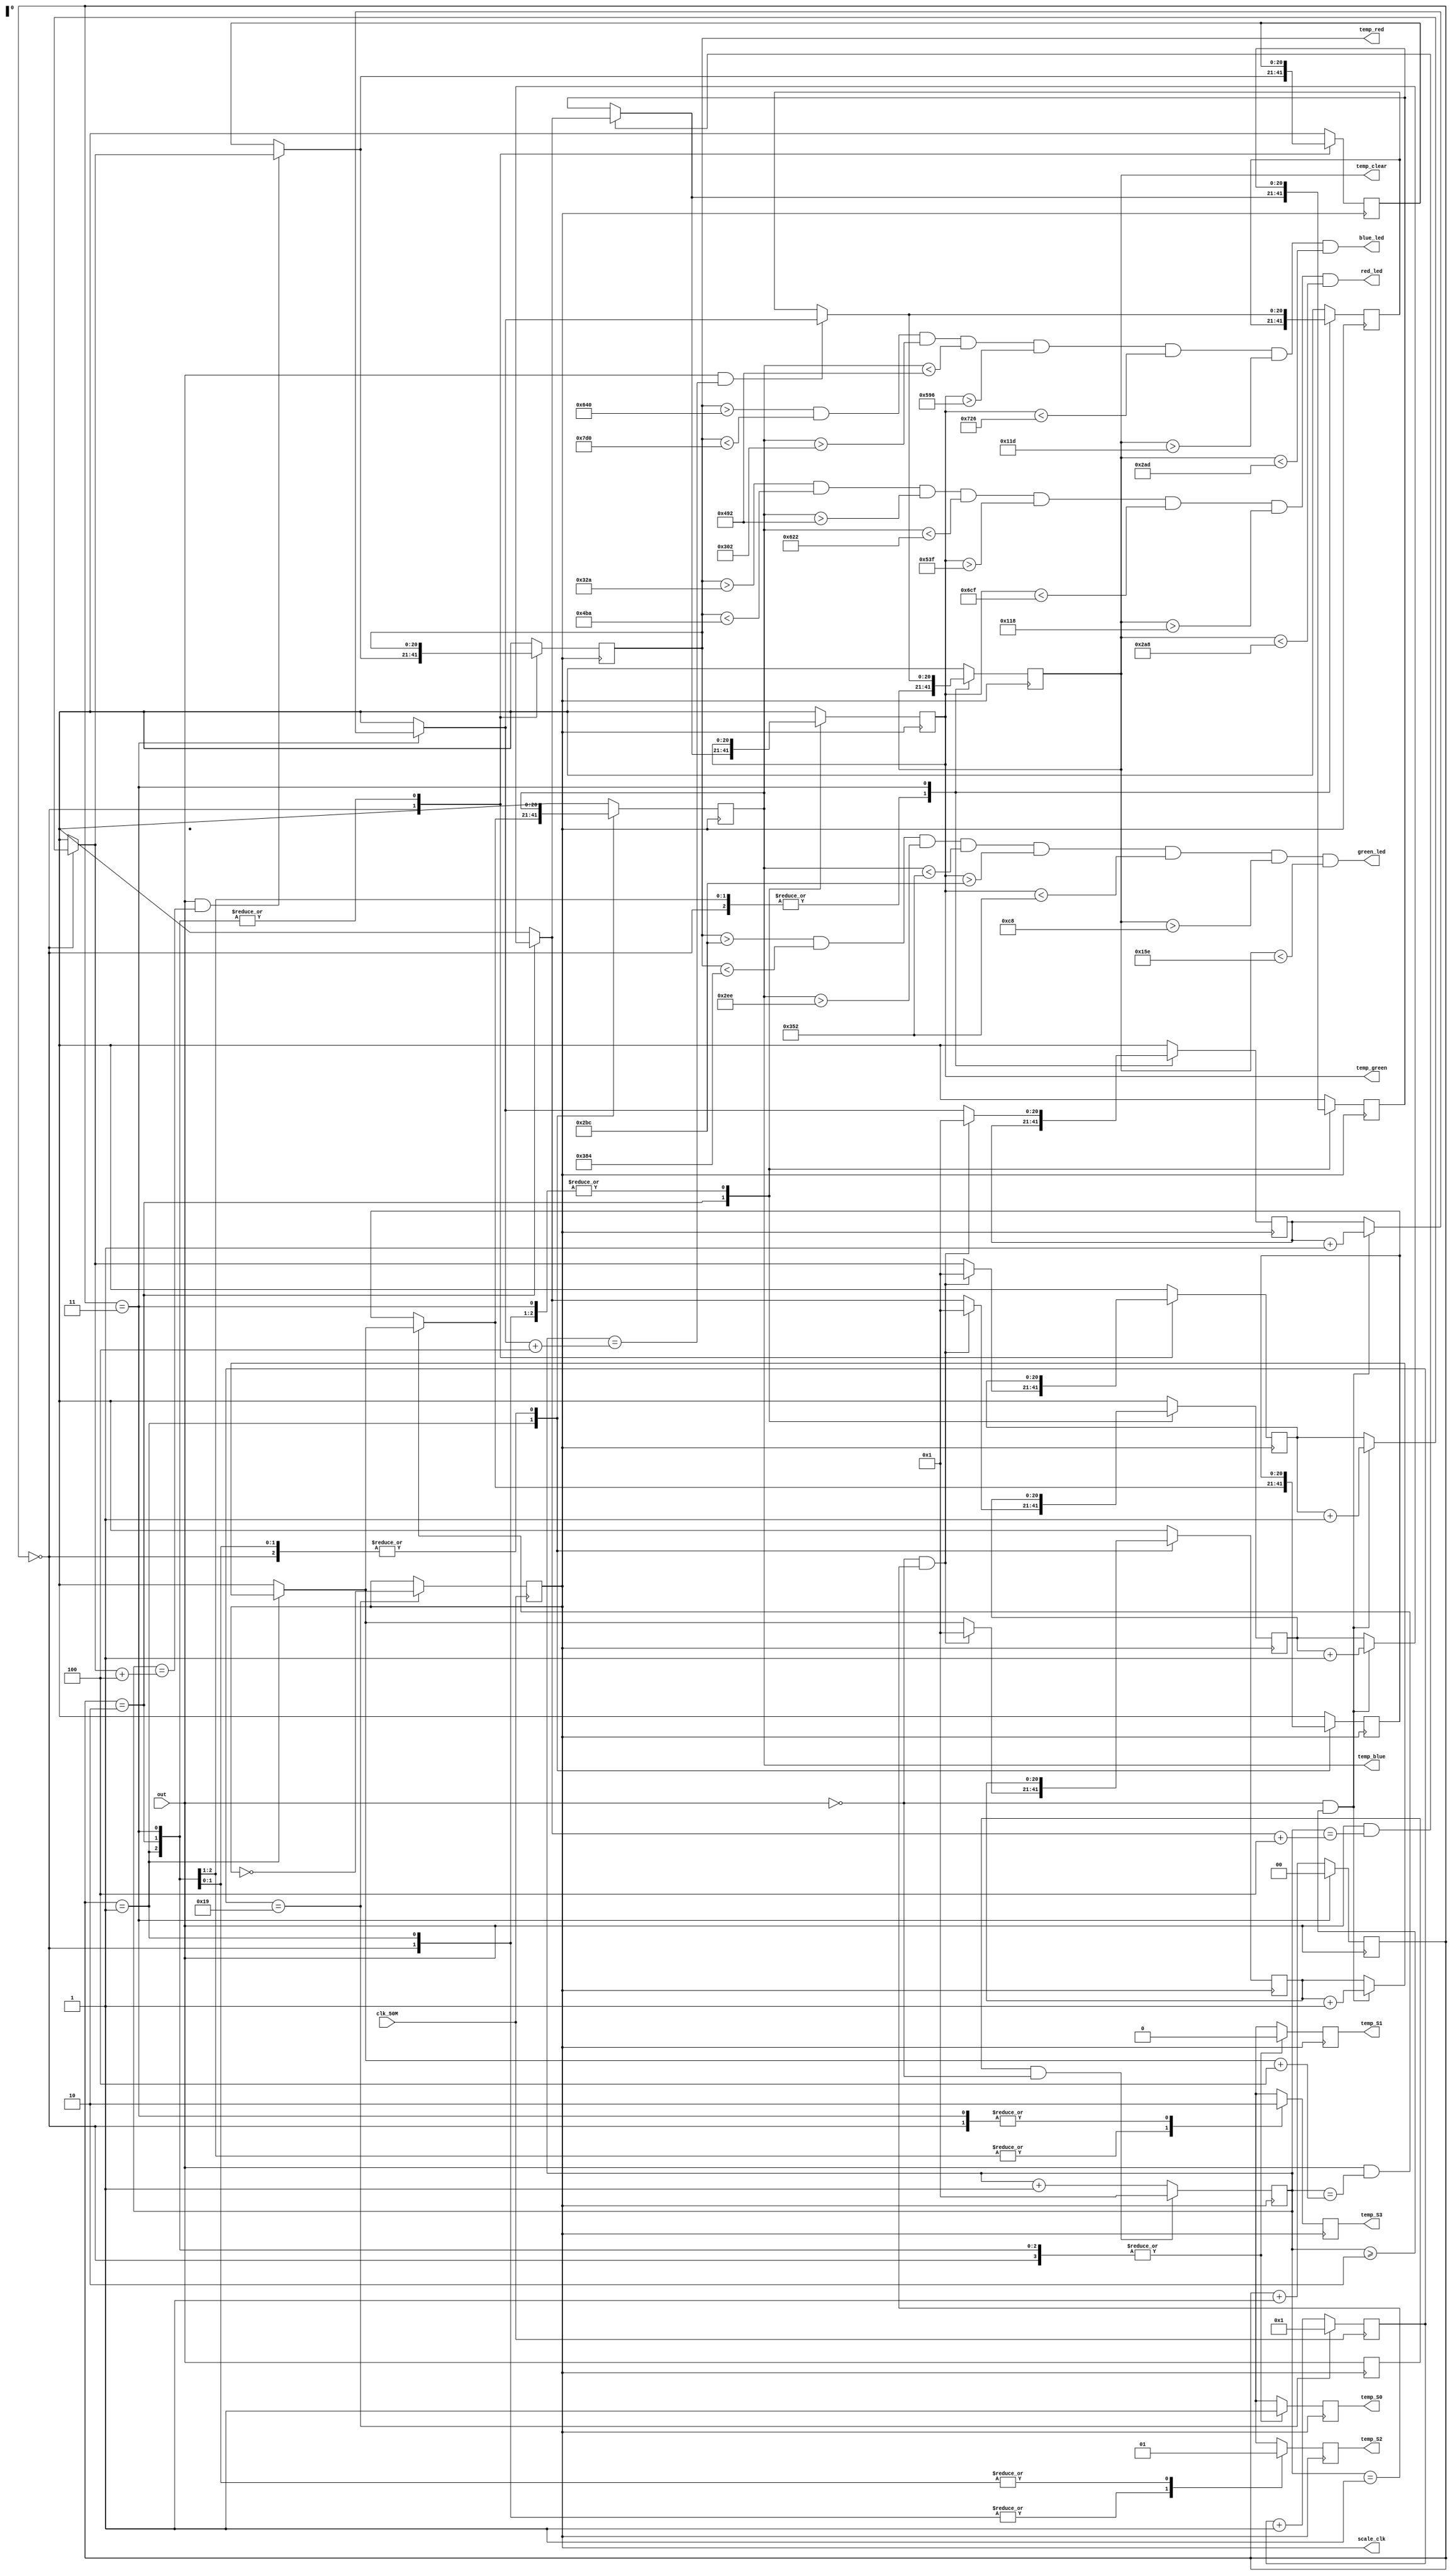
module SM_2300_Task5_color_detection(
    input clk_50M, 
	 output scale_clk,
    input out,
	 output  temp_S0,temp_S1,temp_S2,temp_S3,
    output [20:0] temp_red, temp_blue , temp_green, temp_clear,
	 output red_led, blue_led, green_led
);


wire neg_edge;
reg [20:0]counter = 0;

reg [20:0] counter_new_red =0;
reg [20:0] counter_new_blue =0;
reg [20:0] counter_new_green=0;
reg [20:0] counter_new_clear =0;


reg [20:0] final_red=0;
reg [20:0] final_blue=0;
reg [20:0] final_green=0;
reg [20:0] final_clear=0;


reg [1:0] frame =0;
reg [20:0] blue=0;
reg [20:0] red=0;
reg [20:0] green =0;
reg [20:0] clear =0;
reg S0 =0; 
reg S1=0; 
reg S2=0;
reg S3=0;

reg temp_scale_clock = 0;
assign temp_S0 = S0;
assign temp_S1 = S1;
assign temp_S2 = S2;
assign temp_S3 = S3;

reg [4:0] count =0;
always@(posedge clk_50M)
begin

if(count==25)   // (50 / 2.5) = 20 // frequency divider
  begin
    temp_scale_clock = ~temp_scale_clock;
    count=1;
  
  end
else
  begin
    count=count+1;
  
  end
  
end

assign scale_clk = temp_scale_clock;


// simple flip/flip to store last value of signal
reg last = 0;
always @(posedge scale_clk) 
begin
    last <= out;
end

assign neg_edge  = last & (~out);

always @(posedge scale_clk) 
begin
counter = counter +1; // counter to keep track of clock until negedge of input signal(out) is detected
if (neg_edge ==1)
  counter =1;
end 



always @(negedge out) begin
if(frame ==3) frame =0;
			else frame = frame +1;
	     end
always @(posedge scale_clk) begin
case (frame)
0: begin S0 =1; S1 = 0 ; S2 = 0; S3 =0;
	if((out==0 )&& (counter>=2))
	 begin counter_new_red=  counter_new_red +1;   // counter_new to store value of red green blue color 
	      end

	if(out ==1&&counter==(counter_new_red+4))
	begin final_red = counter_new_red; end

	if((out==0) && (counter ==1)) 
	begin counter_new_red =1; end
   red = final_red; 
	 
   end
1: begin S0 =1; S1 = 0 ; S2 = 0; S3 =1;

	if((out==0 )&& (counter>=2))
	 begin counter_new_blue=  counter_new_blue +1;   // counter_new to store value of red green blue color 
	      end

	if(out ==1&&counter==(counter_new_blue+4))
	begin final_blue = counter_new_blue; end

	if((out==0) && (counter ==1)) 
	begin counter_new_blue =1; end
   blue = final_blue;
   end
2: begin S0 =1; S1 = 0 ; S2 = 1; S3 =1;

	if((out==0 )&& (counter>=2))
	 begin counter_new_green=  counter_new_green +1;   // counter_new to store value of red green blue color 
	      end

	if(out ==1&&counter==(counter_new_green+4))
	begin final_green = counter_new_green; end

	if((out==0) && (counter ==1)) 
	begin counter_new_green =1; end
   green= final_green;
   end
3 : begin  S0 =1; S1 = 0 ; S2 = 1; S3 =0;

	if((out==0 )&& (counter>=2))
	 begin counter_new_clear=  counter_new_clear +1;   // counter_new to store value of red green blue color 
	      end

	if(out ==1&&counter==(counter_new_clear+4))
	begin final_clear = counter_new_clear; end

	if((out==0) && (counter ==1)) 
	begin counter_new_clear =1; end
      clear = final_clear ;
		end
endcase
end

assign temp_red = red;   
assign temp_clear = clear;
assign temp_blue = blue;
assign temp_green = green;
assign red_led = ( (temp_red >1010-200 ) &&( temp_red < 1010+200)&&(temp_blue > 1370-200) &&( temp_blue < 1370+200)&&(temp_green > 1543-200) &&( temp_green < 1543+200)&&(temp_clear>480-200) &&( temp_clear < 480+200));
assign blue_led = ( (temp_red > 1800-200) &&( temp_red < 1800+200)&&(temp_blue >970-200) &&( temp_blue < 970+200)&&(temp_green > 1630-200) &&( temp_green < 1630+200)&&(temp_clear> 485-200) &&( temp_clear < 485+200));
assign green_led = ( (temp_red > 700) &&( temp_red < 900)&&(temp_blue > 750) &&( temp_blue < 850)&&(temp_green > 700) &&( temp_green < 850)&&(temp_clear> 200) &&( temp_clear < 350));

endmodule